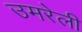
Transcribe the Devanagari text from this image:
उमरेली